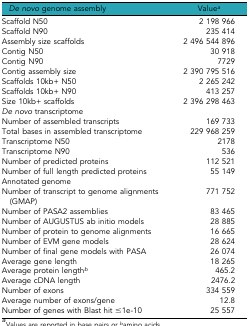
<table><thead><tr><td><b><i>De novo</i> genome assembly</b></td><td><b>Value<i><sup>a</sup></i></b></td></tr></thead><tbody><tr><td>Scaffold N50</td><td>2 198 966</td></tr><tr><td>Scaffold N90</td><td>235 414</td></tr><tr><td>Assembly size scaffolds</td><td>2 496 544 896</td></tr><tr><td>Contig N50</td><td>30 918</td></tr><tr><td>Contig N90</td><td>7729</td></tr><tr><td>Contig assembly size</td><td>2 390 795 516</td></tr><tr><td>Scaffolds 10kb+ N50</td><td>2 265 242</td></tr><tr><td>Scaffolds 10kb+ N90</td><td>413 257</td></tr><tr><td>Size 10kb+ scaffolds</td><td>2 396 298 463</td></tr><tr><td><i>De novo</i> transcriptome</td><td></td></tr><tr><td>Number of assembled transcripts</td><td>169 733</td></tr><tr><td>Total bases in assembled transcriptome</td><td>229 968 259</td></tr><tr><td>Transcriptome N50</td><td>2178</td></tr><tr><td>Transcriptome N90</td><td>536</td></tr><tr><td>Number of predicted proteins</td><td>112 521</td></tr><tr><td>Number of full length predicted proteins</td><td>55 149</td></tr><tr><td>Annotated genome</td><td></td></tr><tr><td>Number of transcript to genome alignments (GMAP)</td><td>771 752</td></tr><tr><td>Number of PASA2 assemblies</td><td>83 465</td></tr><tr><td>Number of AUGUSTUS ab initio models</td><td>28 885</td></tr><tr><td>Number of protein to genome alignments</td><td>16 665</td></tr><tr><td>Number of EVM gene models</td><td>28 624</td></tr><tr><td>Number of final gene models with PASA</td><td>26 074</td></tr><tr><td>Average gene length</td><td>18 265</td></tr><tr><td>Average protein length<i><sup>b</sup></i></td><td>465.2</td></tr><tr><td>Average cDNA length</td><td>2476.2</td></tr><tr><td>Number of exons</td><td>334 559</td></tr><tr><td>Average number of exons/gene</td><td>12.8</td></tr><tr><td>Number of genes with Blast hit ≤1e-10</td><td>25 557</td></tr></tbody></table>